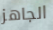
الجاهز